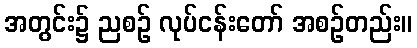
အတွင်း၌ ညစဉ် လုပ်ငန်းတော် အစဉ်တည်း။